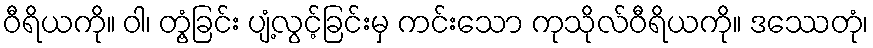
ဝီရိယကို။ ဝါ၊ တွံ့ခြင်း ပျံ့လွင့်ခြင်းမှ ကင်းသော ကုသိုလ်ဝီရိယကို။ ဒဿေတုံ၊